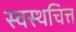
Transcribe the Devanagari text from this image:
स्वस्थचित्त